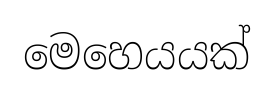
මෙහෙයයක්